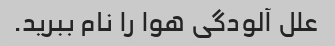
علل آلودگی هوا را نام ببرید.